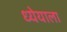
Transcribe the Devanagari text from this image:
ध्येयाला